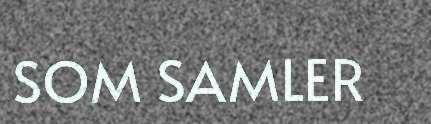
SOM SAMLER